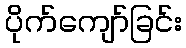
ပိုက်ကျော်ခြင်း